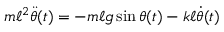
m \ell ^ { 2 } { \ddot { \theta } } ( t ) = - m \ell g \sin \theta ( t ) - k \ell { \dot { \theta } } ( t )